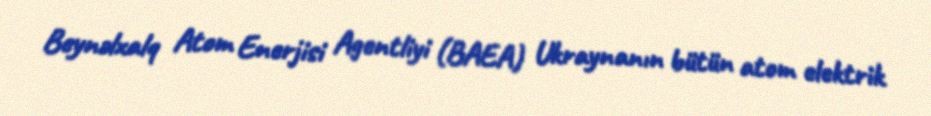
Beynəlxalq Atom Enerjisi Agentliyi (BAEA) Ukraynanın bütün atom elektrik